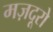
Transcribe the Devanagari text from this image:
मज़दूरो